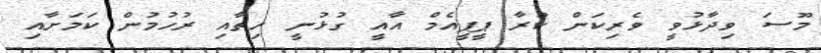
މޫސަ ވިދާޅުވީ ވެރިކަން ކުރާ ޕީޕީއެމް އާއީ ގުޅުނީ ހިތާއި ރުހުމުން ކަމަށާއި